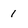
Character: 1